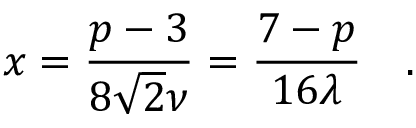
x = \frac { p - 3 } { 8 \sqrt { 2 } \nu } = \frac { 7 - p } { 1 6 \lambda } \quad .